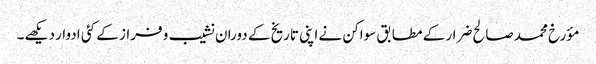
مؤرخ محمد صالح ضرار کے مطابق سواکن نے اپنی تاریخ کے دوران نشیب و فراز کے کئی ادوار دیکھے۔